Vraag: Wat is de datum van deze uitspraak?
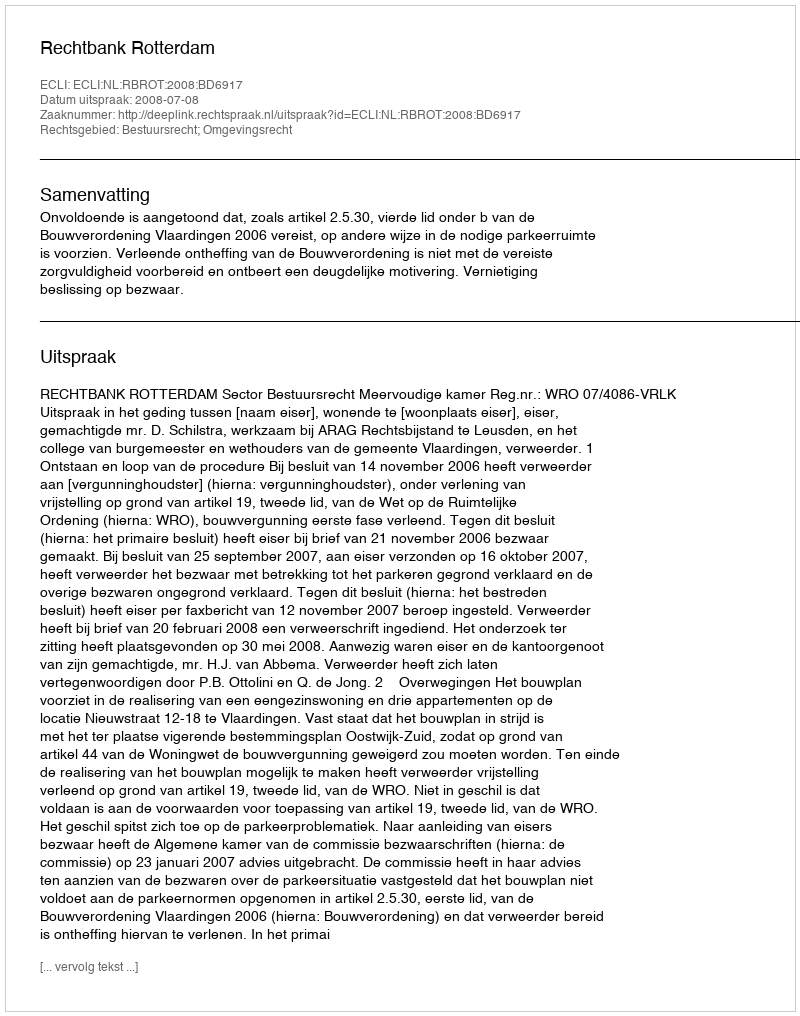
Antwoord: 2008-07-08